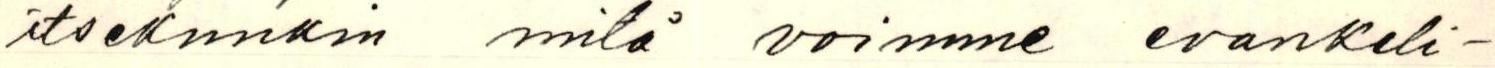
itsekunkin mitä voimme evankeli-